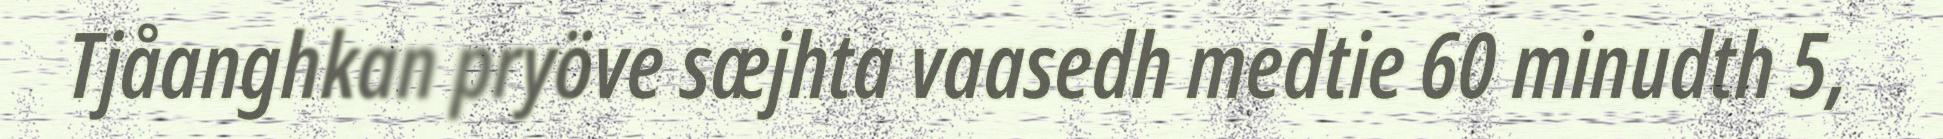
Tjåanghkan pryöve sæjhta vaasedh medtie 60 minudth 5,